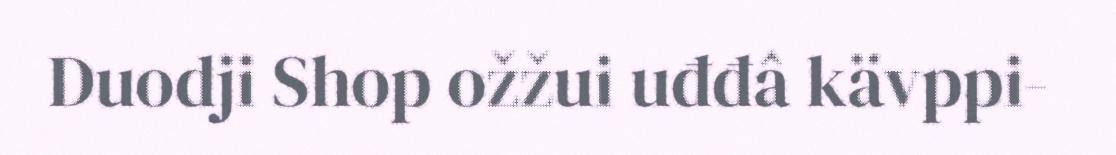
Duodji Shop ožžui uđđâ kävppi-